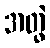
အတွဲ